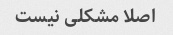
اصلا مشکلی نیست